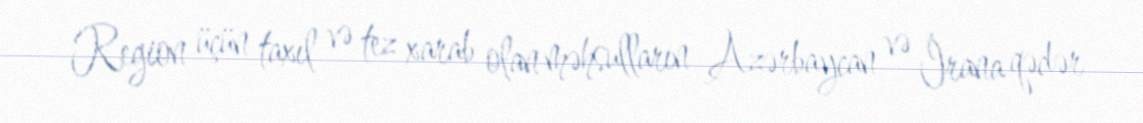
Region üçün taxıl və tez xarab olan məhsulların Azərbaycan və İrana qədər